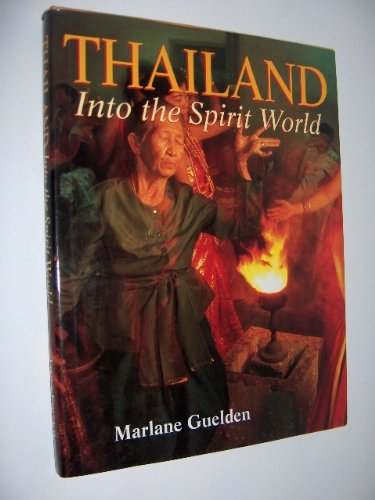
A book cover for Thailand: Into the Spirit World; Marlene Guelden; Travel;